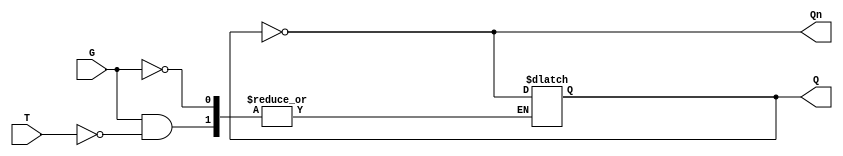
module gated_t_latch (
    input wire T,  // Toggle input
    input wire G,  // Gate signal
    output reg Q,  // Output
    output wire Qn // Complement output
);

    assign Qn = ~Q; // Complement output

    always @(G or T) begin
        if (G) begin
            if (T) begin
                Q <= ~Q; // Toggle output if T is high
            end
            // If T is low, Q retains its value
        end
        // If G is low, Q retains its value regardless of T
    end

endmodule